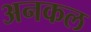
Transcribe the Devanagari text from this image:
अनकल